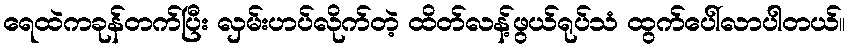
ရေထဲကခုန်တက်ပြီး လှမ်းဟပ်လိုက်တဲ့ ထိတ်လန့်ဖွယ်ရုပ်သံ ထွက်ပေါ်လာပါတယ်။